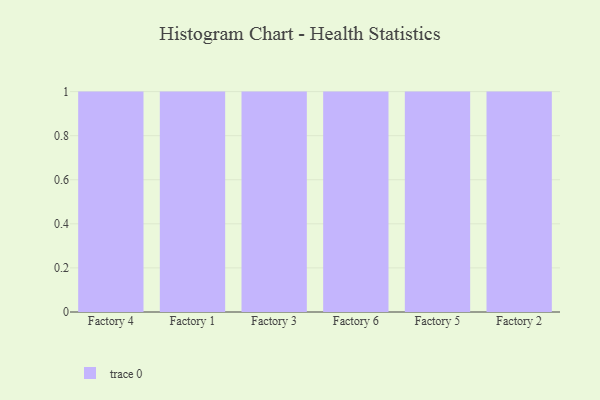
{"axis": {"x": "Factory", "y": "Page Views"}, "legend": [""], "data": [{"x": "Factory 4", "y": 5, "type": ""}, {"x": "Factory 1", "y": 92, "type": ""}, {"x": "Factory 3", "y": 37, "type": ""}, {"x": "Factory 6", "y": 99, "type": ""}, {"x": "Factory 5", "y": 100, "type": ""}, {"x": "Factory 2", "y": 21, "type": ""}]}